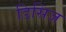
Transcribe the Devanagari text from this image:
डिसिज